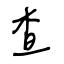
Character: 查